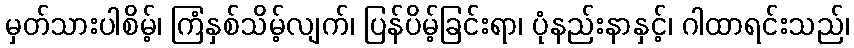
မှတ်သားပါစိမ့်၊ ကြံနှစ်သိမ့်လျက်၊ ပြန်ပိမ့်ခြင်းရာ၊ ပုံနည်းနာနှင့်၊ ဂါထာရင်းသည်၊